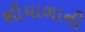
શીયાળાની